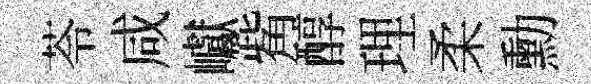
苓咸巘觜醇理柔勳